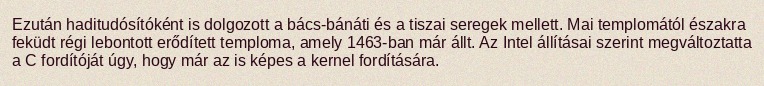
Ezután haditudósítóként is dolgozott a bács-bánáti és a tiszai seregek mellett. Mai templomától északra feküdt régi lebontott erődített temploma, amely 1463-ban már állt. Az Intel állításai szerint megváltoztatta a C fordítóját úgy, hogy már az is képes a kernel fordítására.